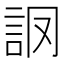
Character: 𧦘